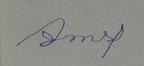
Signature authenticity: forged